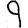
Digit: 9